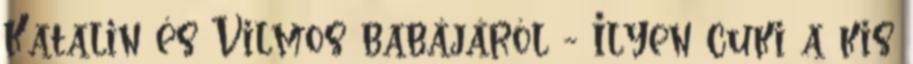
Katalin és Vilmos babájáról - Ilyen cuki a kis